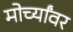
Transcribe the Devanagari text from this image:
मोर्च्यांवर